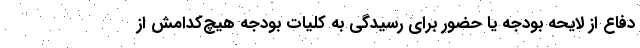
دفاع از لایحه بودجه یا حضور برای رسیدگی به کلیات بودجه هیچ‌کدامش از